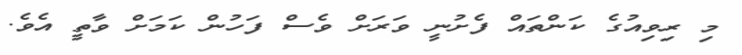
މި ރިވިއުގެ ކަންތައް ފެށުނީ ވަރަށް ވެސް ފަހުން ކަމަށް ވާތީ އެވެ.